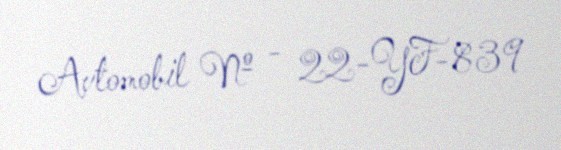
Avtomobil № - 22-YF-839